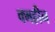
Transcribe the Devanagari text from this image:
क्महीन